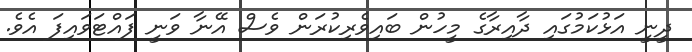
ދީނީ އަޅުކަމުގައި ދާއިރާގެ މީހުން ބައިވެރިކުރަން ވެސް އޭނާ ވަނީ ފައްޓަވައިފަ އެވެ.